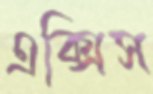
এক্সিস